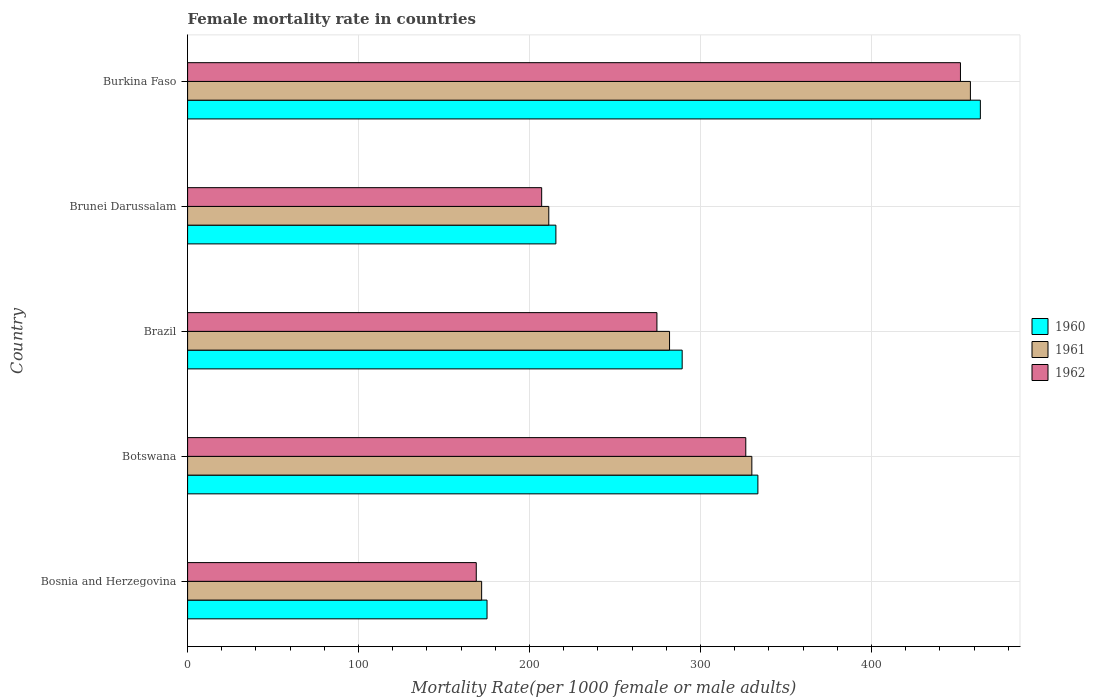
| Country | 1960 | 1961 | 1962 |
 | --- | --- | --- | --- |
 | Bosnia and Herzegovina | 175 | 172 | 169 |
 | Botswana | 334 | 330 | 326 |
 | Brazil | 289 | 282 | 274 |
 | Brunei Darussalam | 215 | 211 | 207 |
 | Burkina Faso | 464 | 458 | 452 |